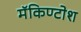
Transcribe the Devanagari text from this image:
मॅकिण्टोश